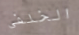
الخلفي